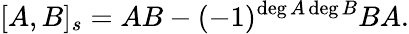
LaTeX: [A,B]_{s}=AB-(-1)^{\deg A\deg B}BA.